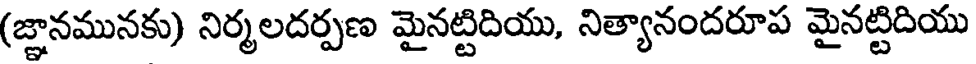
(జ్ఞానమునకు) నిర్మలదర్పణ మైనట్టిదియు, నిత్యానందరూప మైనట్టిదియు